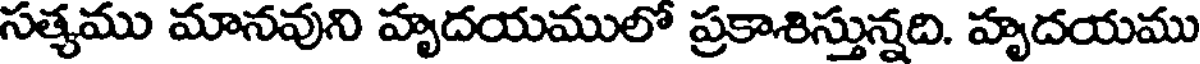
సత్యము మానవుని హృదయములో ప్రకాశిస్తున్నది. హృదయము